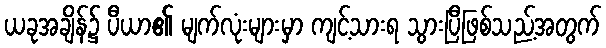
ယခုအချိန်၌ ပီယာ၏ မျက်လုံးများမှာ ကျင့်သားရ သွားပြီဖြစ်သည့်အတွက်